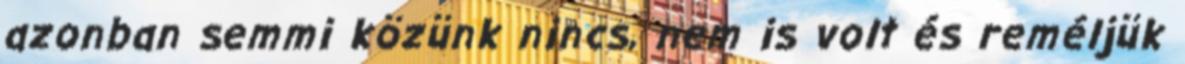
azonban semmi közünk nincs, nem is volt és reméljük